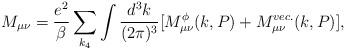
LaTeX: \begin{align*}M_{\mu \nu} = \frac{e^2}{\beta} \sum \limits_{k_4 } \int \frac{d^3 k}{(2\pi)^3} [ M^{\phi}_{\mu \nu} (k, P) + M^{vec.}_{\mu \nu} (k,P)],\end{align*}